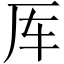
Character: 厍